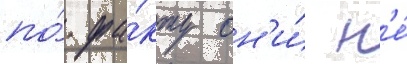
по́ фа́кту он'и́ н'е́